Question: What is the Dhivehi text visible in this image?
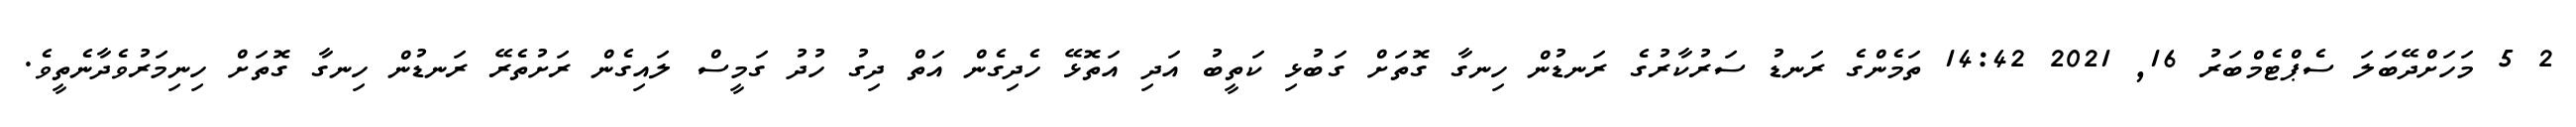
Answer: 2 5 މަހަށްދޭބަލަ ސެޕްޓެމްބަރު 16, 2021 14:42 ތަމެންގެ ރަނޑު ސަރުކާރުގެ ރަނޑުން ހިނގާ ގޮތަށް ގަބުޅި ކަތީބު އަދި އަތޮޅޭ ހެދިގެން އަތް ދިގު ހުދު ގަމީސް ލައިގެން ރަށުތެރޭ ރަނޑުން ހިނގާ ގޮތަށް ހިނިމަރުވެދާނެތީވެ.